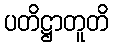
ပတိဋ္ဌာတူတိ